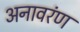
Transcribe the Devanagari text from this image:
अनावरंण